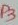
Text: P3